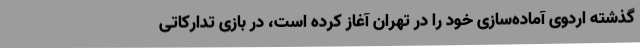
گذشته اردوی آماده‌سازی خود را در تهران آغاز کرده است، در بازی تدارکاتی